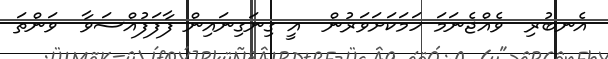
އެނބުރި  ވެއްޖެނަމަ ހަމަކަށަވަރުން  އީ ގިނަގިނައިން ފާފަފުއްސަވާ  ވަންތަ